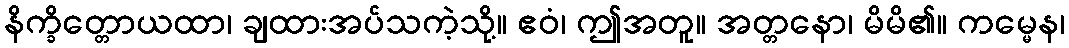
နိက္ခိတ္တောယထာ၊ ချထားအပ်သကဲ့သို့။ ဧဝံ၊ ဤအတူ။ အတ္တနော၊ မိမိ၏။ ကမ္မေန၊